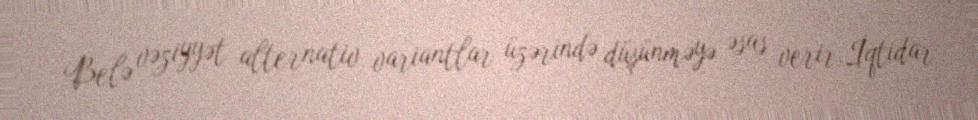
Belə vəziyyət alternativ variantlar üzərində düşünməyə əsas verir.İqtidar